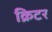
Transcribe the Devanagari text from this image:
क्रिटर